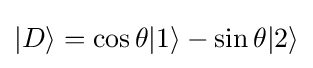
|D\rangle =\cos \theta |1\rangle -\sin \theta |2\rangle